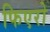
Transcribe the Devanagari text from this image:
फिएरो